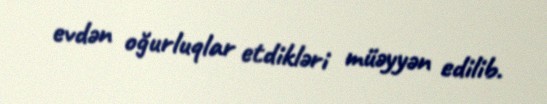
evdən oğurluqlar etdikləri müəyyən edilib.